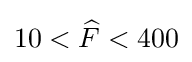
10<{\widehat {F}}<400